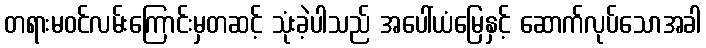
တရားမဝင်လမ်းကြောင်းမှတဆင့် သုံးခဲ့ပါသည် အပေါ်ယံမြေနှင့် ဆောက်လုပ်သောအခါ